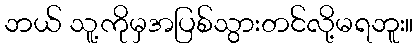
ဘယ် သူ့ကိုမှအပြစ်သွားတင်လို့မရဘူး။